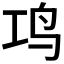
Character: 𬷾